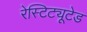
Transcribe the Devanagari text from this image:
रेस्टिट्यूटेड